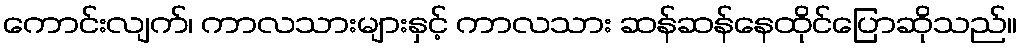
ကောင်းလျက်၊ ကာလသားများနှင့် ကာလသား ဆန်ဆန်နေထိုင်ပြောဆိုသည်။